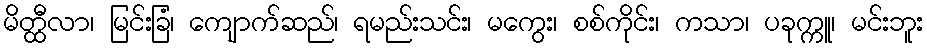
မိတ္ထီလာ၊ မြင်းခြံ၊ ကျောက်ဆည်၊ ရမည်းသင်း၊ မကွေး၊ စစ်ကိုင်း၊ ကသာ၊ ပခုက္ကူ၊ မင်းဘူး